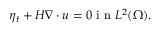
\eta _ { t } + H \nabla \cdot u = 0 \mathrm { ~ i ~ n ~ } L ^ { 2 } ( \Omega ) .